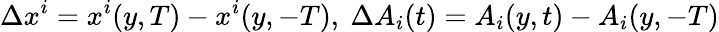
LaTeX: \Delta x^{i}=x^{i}(y,T)-x^{i}(y,-T),\ \Delta A_{i}(t)=A_{i}(y,t)-A_{i}(y,-T)